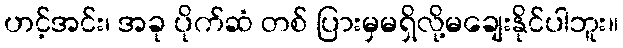
ဟင့်အင်း၊ အခု ပိုက်ဆံ တစ် ပြားမှမရှိလို့မချေးနိုင်ပါဘူး။